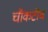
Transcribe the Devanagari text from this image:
चौकटीच